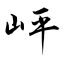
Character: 岼